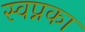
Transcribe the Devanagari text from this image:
स्वप्नका